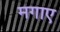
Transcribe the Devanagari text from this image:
मगाए